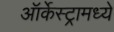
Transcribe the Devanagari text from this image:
ऑर्केस्ट्रामध्ये